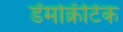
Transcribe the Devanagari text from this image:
डॅमोक्रॅटिक